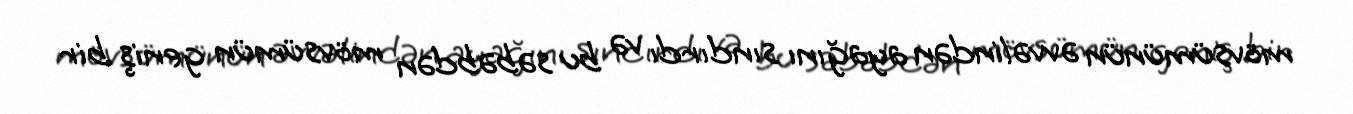
mövsümünün əvvəlindən ayağını sındırdı və bu səbəbdən mövsümün geniş bir